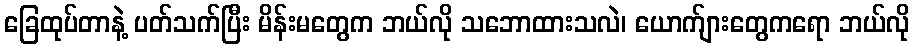
ခြေထုပ်တာနဲ့ ပတ်သက်ပြီး မိန်းမတွေက ဘယ်လို သဘောထားသလဲ၊ ယောက်ျားတွေကရော ဘယ်လို